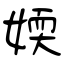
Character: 媆